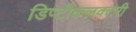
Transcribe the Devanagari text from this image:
डिप्टीकलक्टरी